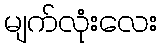
မျက်လုံးလေး